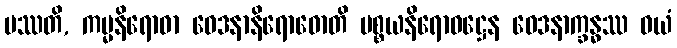
ပဿတိ, ကမ္မနိရောဓာ ဝေဒနာနိရောဓောတိ ပစ္စယနိရောဓဋ္ဌေန ဝေဒနာက္ခန္ဓဿ ဝယံ